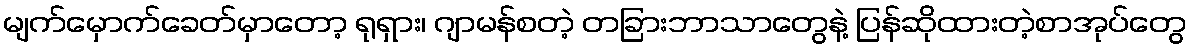
မျက်မှောက်ခေတ်မှာတော့ ရုရှား၊ ဂျာမန်စတဲ့ တခြားဘာသာတွေနဲ့ ပြန်ဆိုထားတဲ့စာအုပ်တွေ